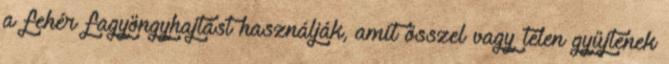
a fehér fagyöngyhajtást használják, amit ősszel vagy télen gyűjtenek